Report of the Imperial Institute of Veterinary Research, Muktesar
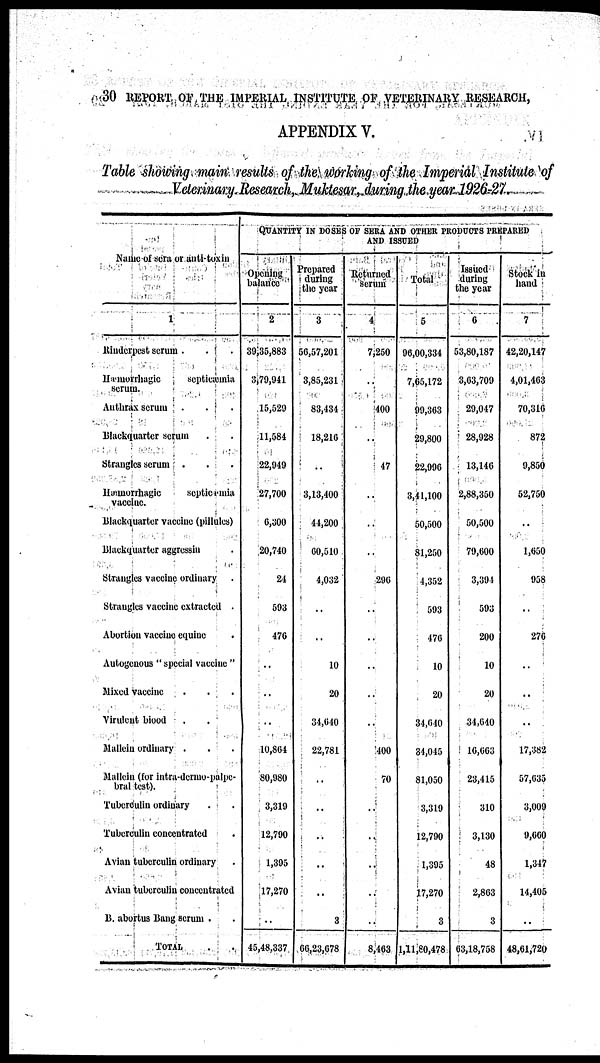
30 REPORT OF THE IMPERIAL INSTITUTE OF VETERINARY RESEARCH,
APPENDIX V.
Table showing main results of the working of the Imperial Institute of
Veterinary Research, Muktesar, during the year 1926-27
Name of sera or anti-toxin
1
Rinderpest serum .
Hæmorrhagic
septicæmia
serum.
Anthrax serum
Blackquarter serum
Strangles serum .
Hæmorrhagic
septicæmia
vaccine.
Blackquarter vaccine (pillules)
Blackquarter aggressin
Strangles vaccine ordinary
Strangles vaccine extracted .
Abortion vaccine equiue
.
Autogenous "special vaccine"
Mixed vaccine
Virulent blood
Mallein ordinary .
Mallein (for intra-dermo-palpe-
bral test).
Tuberculin ordinary
Tuberculin concentrated
Avian tuberculin ordinary
Avian tuberculin concentrated
B. abortus Bang serum .
TOTAL
QUANTITY IN DOSES OF SERA AND OTHER PRODUCTS PREPARED
AND ISSUED
Opening
balance
2
39,35,883
3,79,941
15,529
11,584
22,949
27,700
6,300
20,740
24
593
476
..
..
..
10,864
80,980
3,319
12,790
1,395
17,270
..
45,48,337
Prepared
during
the year
3
56,57,201
3,85,231
83,434
18,216
..
3,13,400
44,200
60,510
4,032
..
..
10
20
34,640
22,781
..
..
..
..
..
3
66,23,678
Returned
serum
4
7,250
..
400
..
47
..
..
..
296
..
..
..
..
..
400
70
..
..
..
..
..
8,463
Total
5
96,00,334
7,65,172
99,363
29,800
22,996
3,41,100
50,500
81,250
4,352
593
476
10
20
34,640
34,045
81,050
3,319
12,790
1,395
17,270
3
1,11,80,478
Issued
during
the year
6
53,80,187
3,63,709
29,047
28,928
13,146
2,88,350
50,500
79,600
3,394
593
200
10
20
34,640
16,663
23,415
310
3,130
48
2,863
3
63,18,758
Stock in
hand
7
42,20,147
4,01,463
70,316
872
9,850
52,750
..
1,650
958
..
276
..
..
..
17,382
57,635
3,009
9,660
1,347
14,405
..
48,61,720